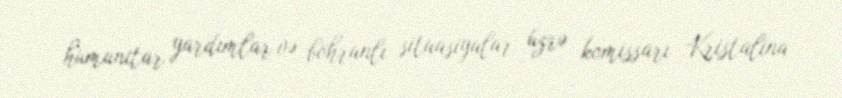
humanitar yardımlar və böhranlı situasiyalar üzrə komissarı Kristalina